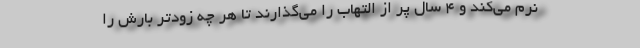
نرم می‌کند و ۴ سال پر از التهاب را می‌گذارند تا هر چه زودتر بارش را